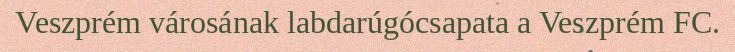
Veszprém városának labdarúgócsapata a Veszprém FC.